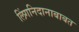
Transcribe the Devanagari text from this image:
लिंगनिदानाबाबत